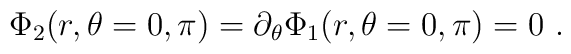
\Phi_2(r,\theta=0,\pi) = \partial_\theta \Phi_1(r,\theta=0,\pi)=0\ .